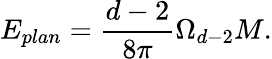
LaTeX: E_{plan}=\frac{d-2}{8\pi}\Omega_{d-2}M.